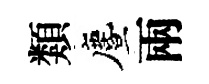
類󵨌兩